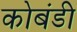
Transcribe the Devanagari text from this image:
कोबंडी